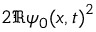
2 \Re { \psi _ { 0 } ( x , t ) } ^ { 2 }